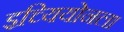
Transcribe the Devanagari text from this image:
इच्यियोनला